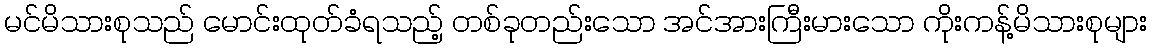
မင်မိသားစုသည် မောင်းထုတ်ခံရသည့် တစ်ခုတည်းသော အင်အားကြီးမားသော ကိုးကန့်မိသားစုများ